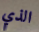
الذي